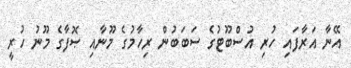
އޭނާ އަރާފައި ހުރި އުސްބޫޓުގެ ސަބަބުން ރިހާމުގެ މޫނާއި ޞޮފާގެ މޫނު ހުރީ